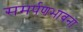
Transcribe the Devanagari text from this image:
समर्पणभावना